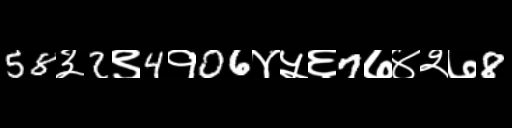
Text: 58३2९4१06४५६7७४२७8